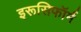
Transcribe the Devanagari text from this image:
इरूसिफॉर्म